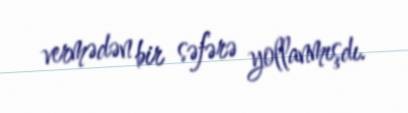
vermədən bir səfərə yollanmışdı.